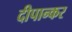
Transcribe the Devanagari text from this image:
दीपान्कर